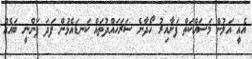
އެއީ އަލުން މަސައްކަތް ފަށާއިރު ހޯދާނެ ސަރަހައްދުތައް ކަނޑައެޅުން ފަދަ ފަންނީ ބައެއް